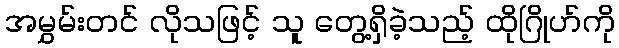
အမွှမ်းတင် လိုသဖြင့် သူ တွေ့ရှိခဲ့သည့် ထိုဂြိုဟ်ကို